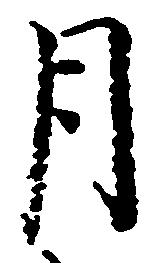
月